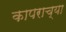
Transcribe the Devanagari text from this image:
कापराच्या